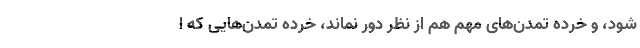
شود، و خرده تمدن‌های مهم هم از نظر دور نماند، خرده تمدن‌هایی که ا